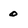
Character: 0